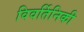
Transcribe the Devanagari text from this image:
विवर्तिनिकी